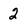
Character: 2